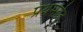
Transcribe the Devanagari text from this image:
प्रथमवेद